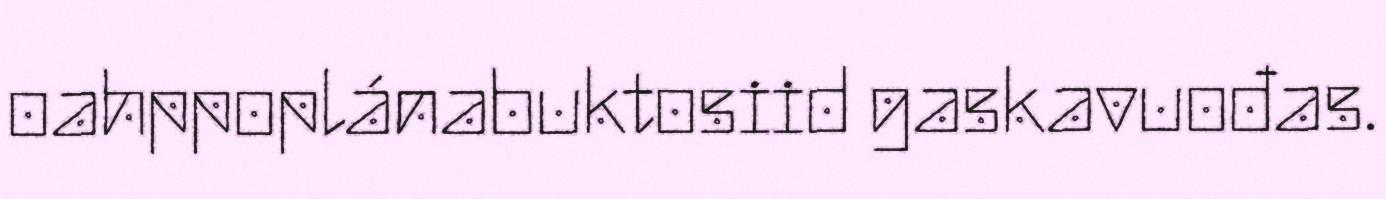
oahppoplánabuktosiid gaskavuođas.